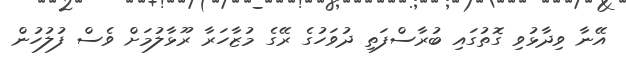
އޭނާ ވިދާޅުވި ގޮތުގައި ބުރާސްފަތި ދުވަހުގެ ރޭގެ މުޒާހަރާ ރޫޅާލުމަށް ވެސް ފުލުހުން